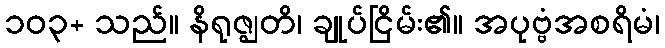
၁၀၃+ သည်။ နိရုဇ္ဈတိ၊ ချုပ်ငြိမ်း၏။ အပုဗ္ဗံအစရိမံ၊